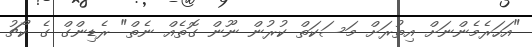
"އަހަރެމެންނަށް އިތުރަށް މަސަކަތް ކުރުން ނޫން ގޮތެއް ނެތް" ރެޑިންގް ގެ ކޯޗު